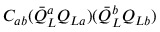
C _ { a b } ( \bar { Q } _ { L } ^ { a } Q _ { L a } ) ( \bar { Q } _ { L } ^ { b } Q _ { L b } )